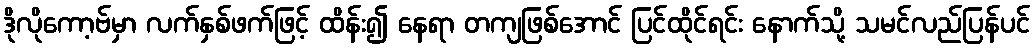
ဒိုလိုကော့ဗ်မှာ လက်နှစ်ဖက်ဖြင့် ထိန်း၍ နေရာ တကျဖြစ်အောင် ပြင်ထိုင်ရင်း နောက်သို့ သမင်လည်ပြန်ပင်